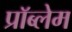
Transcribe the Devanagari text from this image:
प्राॅब्लेम